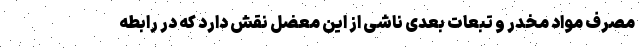
مصرف مواد مخدر و تبعات بعدی ناشی از این معضل نقش دارد که در رابطه